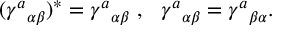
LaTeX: ( { \gamma ^ { a } } _ { \alpha \beta } ) ^ { \ast } = { \gamma ^ { a } } _ { \alpha \beta } \ , \ \ { \gamma ^ { a } } _ { \alpha \beta } = { \gamma ^ { a } } _ { \beta \alpha } .